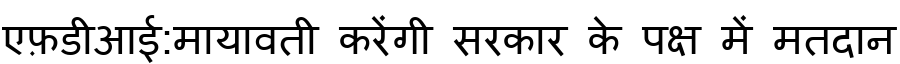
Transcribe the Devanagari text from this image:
एफ़डीआई:मायावती करेंगी सरकार के पक्ष में मतदान